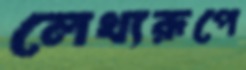
লেখ্যরূপে